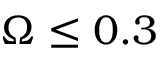
\Omega \le 0 . 3